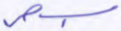
بسحر